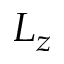
L _ { z }